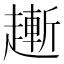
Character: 𧽯